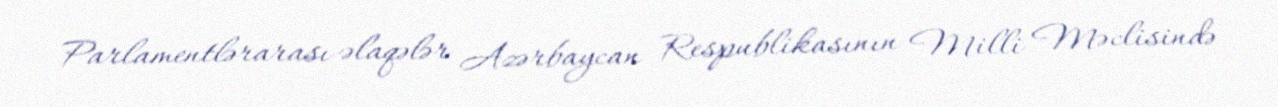
Parlamentlərarası əlaqələr Azərbaycan Respublikasının Milli Məclisində